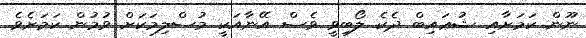
ނޫން ކަމަށާއި ޝުޢައިބް ދެކެ ލޯބިވީ ވެސް އޭނާއަކީ މުސްލިމަކަށް ވުމުން ކަމަށެވެ.